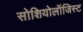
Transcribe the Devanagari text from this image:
सोशियोलॉजिस्ट